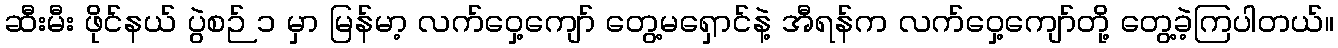
ဆီးမီး ဖိုင်နယ် ပွဲစဉ် ၁ မှာ မြန်မာ့ လက်ဝှေ့ကျော် တွေ့မရှောင်နဲ့ အီရန်က လက်ဝှေ့ကျော်တို့ တွေ့ခဲ့ကြပါတယ်။